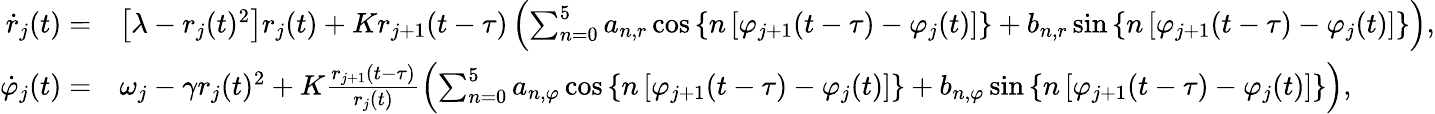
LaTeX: \begin{array}{rl}{\dot{r}_{j}(t)=}&{\left[\lambda-r_{j}(t)^{2}\right]r_{j}(t)+Kr_{j+1}(t-\tau)\left(\sum_{n=0}^{5}a_{n,r}\cos\left\{ n\left[\varphi_{j+1}(t-\tau)-\varphi_{j}(t)\right]\right\} +b_{n,r}\sin\left\{ n\left[\varphi_{j+1}(t-\tau)-\varphi_{j}(t)\right]\right\} \right),}\\ {\dot{\varphi}_{j}(t)=}&{\omega_{j}-\gamma r_{j}(t)^{2}+K\frac{r_{j+1}(t-\tau)}{r_{j}(t)}\left(\sum_{n=0}^{5}a_{n,\varphi}\cos\left\{ n\left[\varphi_{j+1}(t-\tau)-\varphi_{j}(t)\right]\right\} +b_{n,\varphi}\sin\left\{ n\left[\varphi_{j+1}(t-\tau)-\varphi_{j}(t)\right]\right\} \right),}\end{array}